Vabadussoja_Ajaloo_Komitee, lk 11
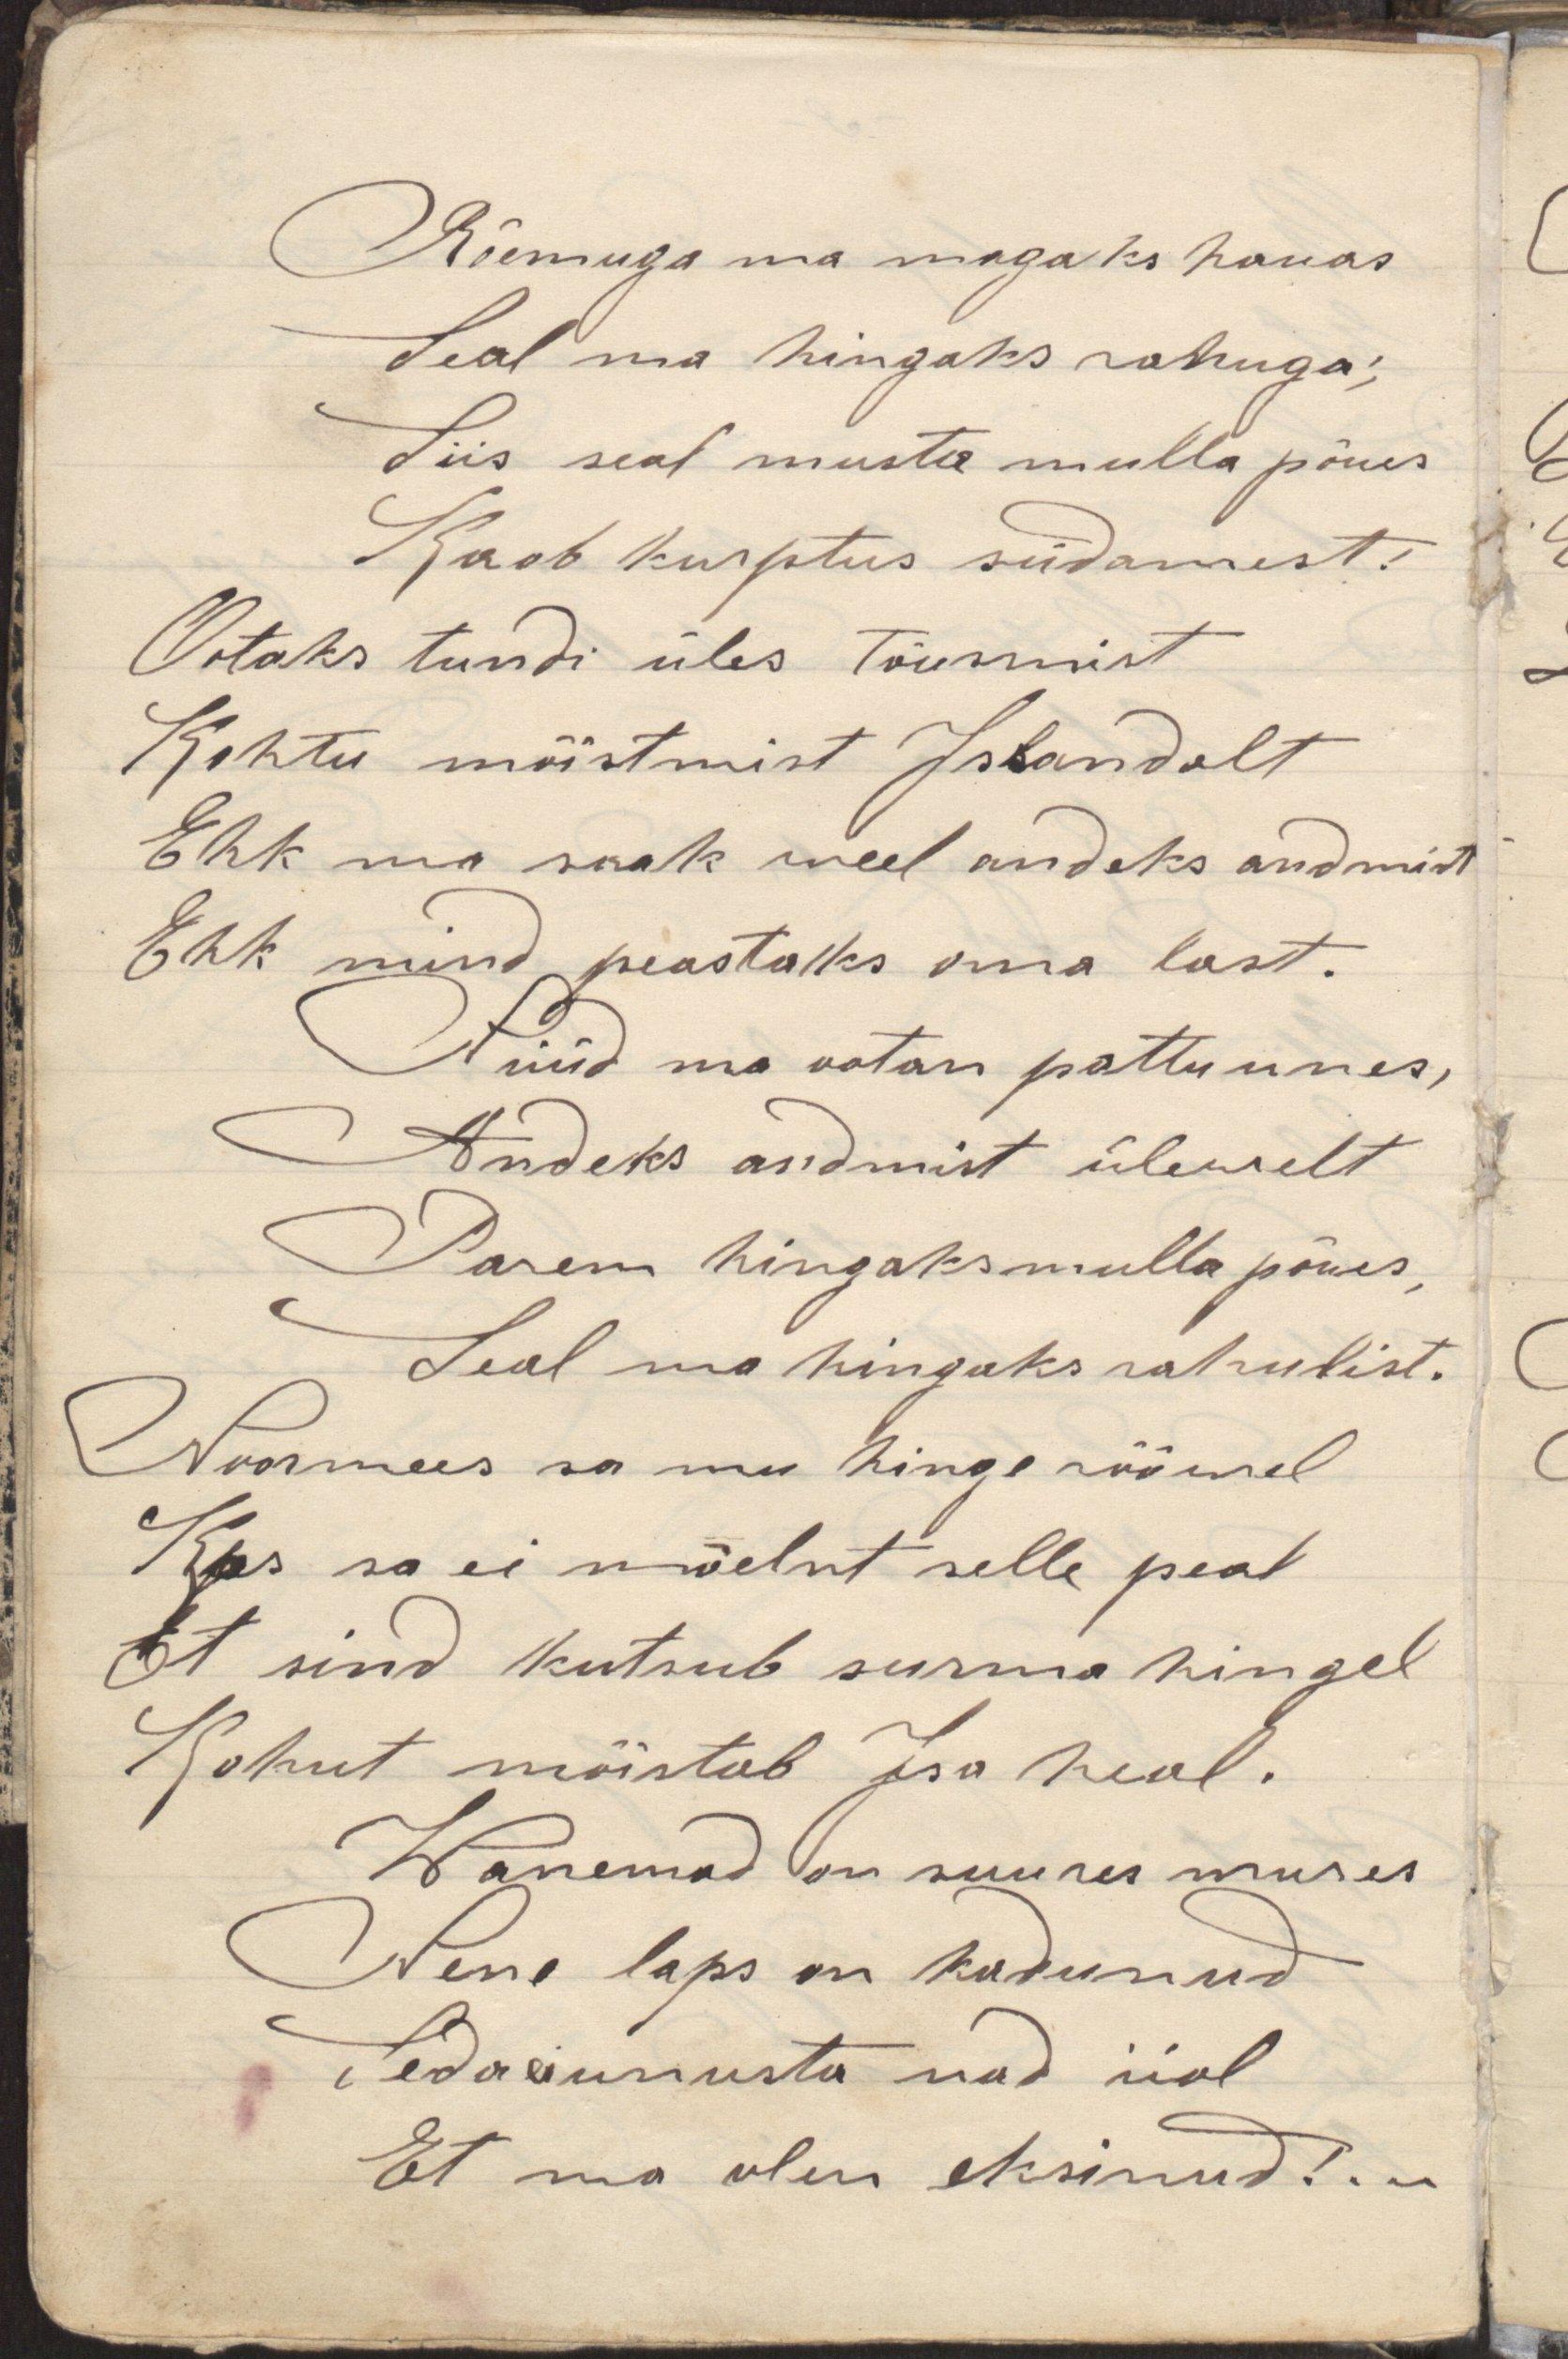
Rõemuga ma magaks hauasSeal ma hingaks rahuga;Siis seal musta mulla põuesKaob kurptus südamest!Ootaks tundi üles tõusmistKohtu mõistmist IssandaltEhk ma saak weel andeks andmistEhk mind peastaks oma last.Nüüd ma ootan pattu unes,Andeks andmist ülewaltParem hingaks mulla põues,Seal ma hingaks rahulist.Noormees sa mu hinge rööwelKas sa ei mõelnt selle pealEt snd kutsub surma hingelKohut mõistab Isa heal.Wanemad on suures muresNene laps on kadunudSeda ei unusta nad iialEt ma olen eksinud!